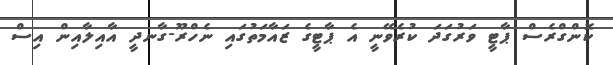
ކޮންގްރެސް ޕާޓީ ވަރުގަދަ ކުރެވޭނީ އެ ޕާޓީގެ ޒައާމަތުގައި ނެހްރޫ-ގާނދީ އާއިލާއިން އިސް